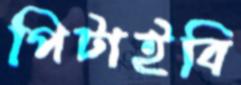
পিটাইবি